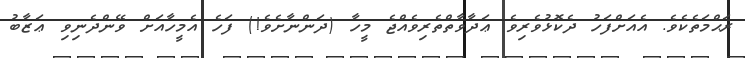
ރަޙްމަތެކެވެ. އެއަށްފަހު ދެކޮޅުވެރިވެ ޢަދާވާތްތެރިވެއްޖެ މީހާ (ދަންނާށެވެ!) ފަހެ އެމީހާއަށް ވޭންދެނިވި ޢަޒާބު